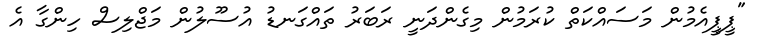
"ޕީޕީއެމުން މަސައްކަތް ކުރަމުން މިގެންދަނީ ރަބަރު ތައްގަނޑު އުސޫލުން މަޖްލިސް ހިންގާ އެ